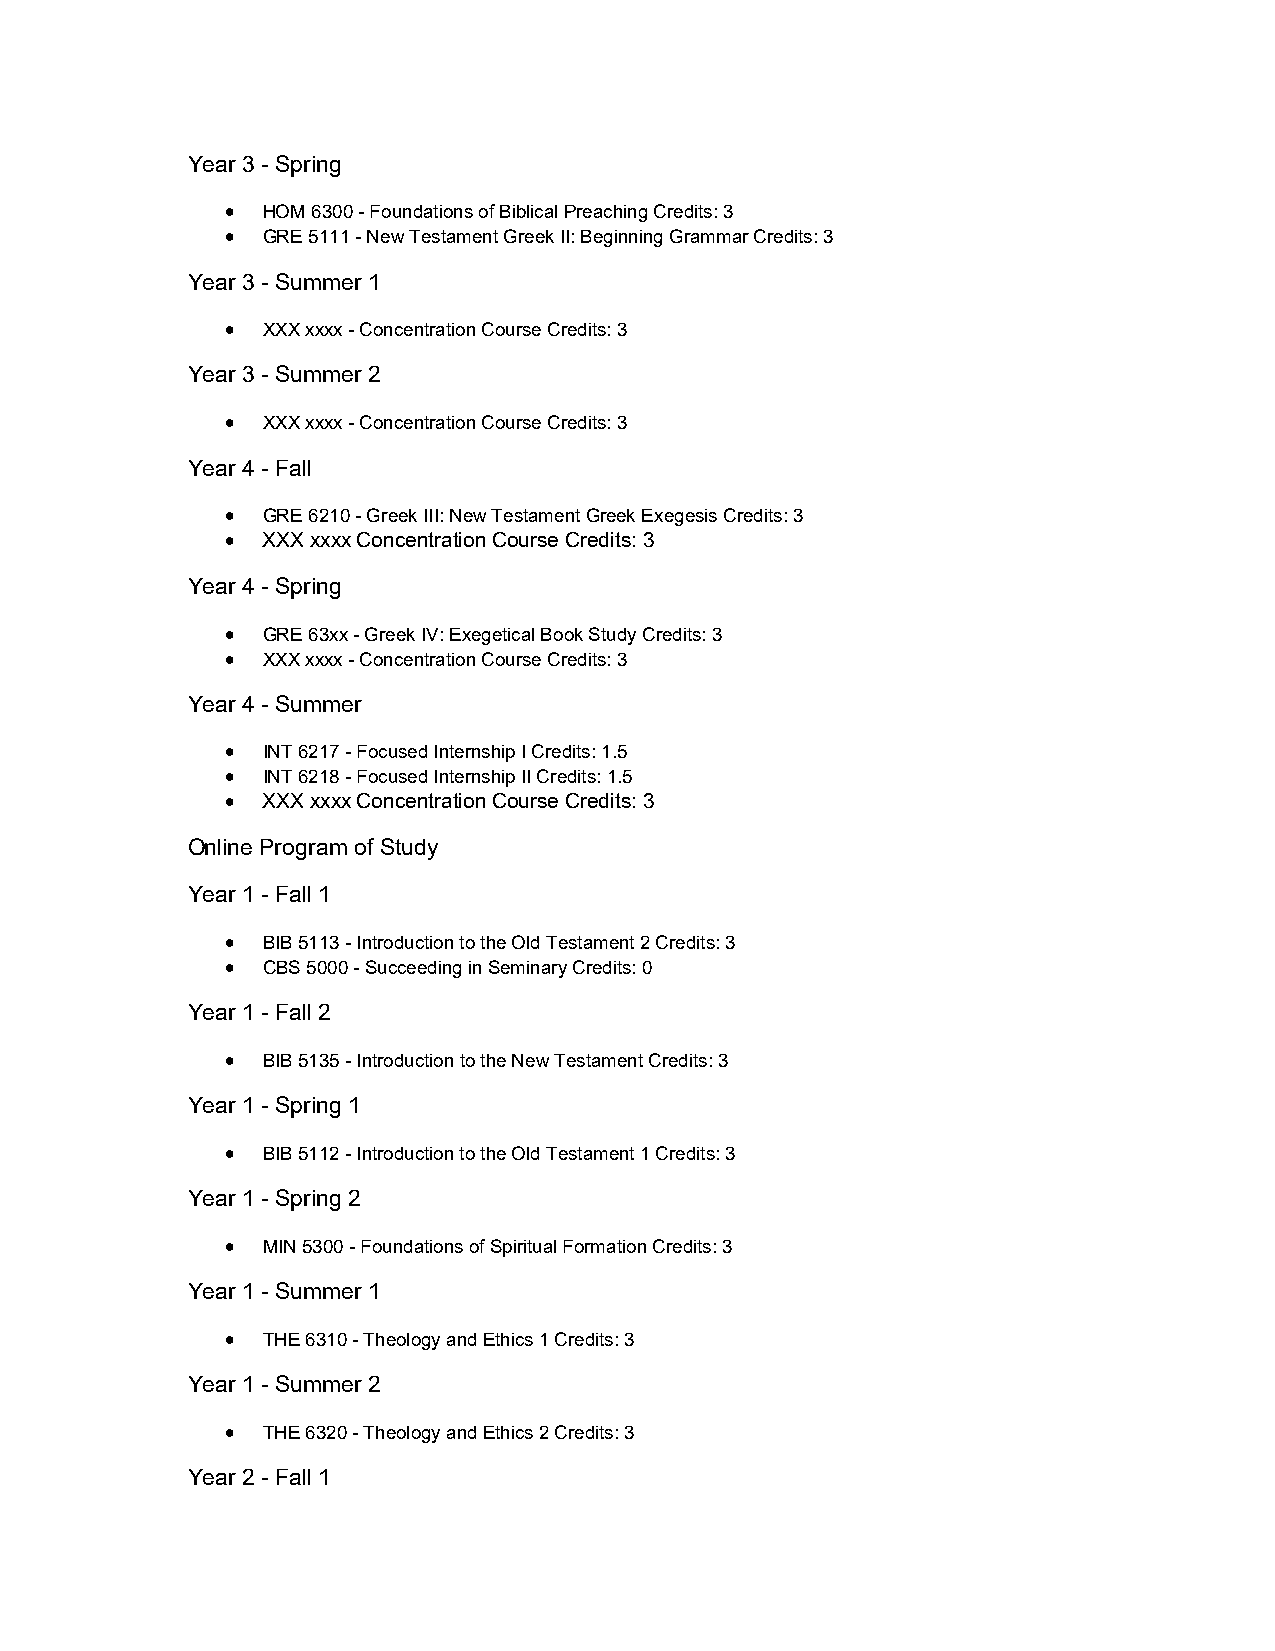
Year 3 - Spring
  HOM 6300 - Foundations of Biblical Preaching Credits: 3
  GRE 5111 - New Testament Greek II: Beginning Grammar Credits: 3
 Year 3 - Summer 1
  XXX xxxx - Concentration Course Credits: 3
 Year 3 - Summer 2
  XXX xxxx - Concentration Course Credits: 3
 Year 4 - Fall
  GRE 6210 - Greek III: New Testament Greek Exegesis Credits: 3
  XXX xxxx Concentration Course Credits: 3
 Year 4 - Spring
  GRE 63xx - Greek IV: Exegetical Book Study Credits: 3
  XXX xxxx - Concentration Course Credits: 3
 Year 4 - Summer
  INT 6217 - Focused Internship I Credits: 1.5
  INT 6218 - Focused Internship II Credits: 1.5
  XXX xxxx Concentration Course Credits: 3
 Online Program of Study
 Year 1 - Fall 1
  BIB 5113 - Introduction to the Old Testament 2 Credits: 3
  CBS 5000 - Succeeding in Seminary Credits: 0
 Year 1 - Fall 2
  BIB 5135 - Introduction to the New Testament Credits: 3
 Year 1 - Spring 1
  BIB 5112 - Introduction to the Old Testament 1 Credits: 3
 Year 1 - Spring 2
  MIN 5300 - Foundations of Spiritual Formation Credits: 3
 Year 1 - Summer 1
  THE 6310 - Theology and Ethics 1 Credits: 3
 Year 1 - Summer 2
  THE 6320 - Theology and Ethics 2 Credits: 3
 Year 2 - Fall 1